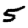
Digit: 5